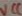
Text: VCC